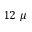
1 2 \ \mu